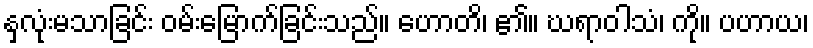
နှလုံးမသာခြင်း ဝမ်းမြောက်ခြင်းသည်။ ဟောတိ၊ ၏။ ဃရာဝါသံ၊ ကို။ ပဟာယ၊